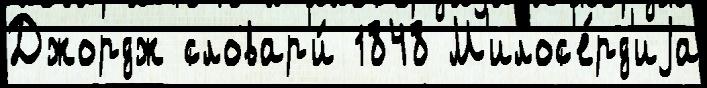
Джордж словар'и́ 1848 М'илос'е́рд'иjа